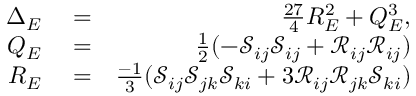
\begin{array} { r l r } { { \Delta _ { E } } } & { { } = } & { \frac { 2 7 } { 4 } R _ { E } ^ { 2 } + Q _ { E } ^ { 3 } , } \\ { { Q _ { E } } } & { { } = } & { \frac { 1 } { 2 } ( - \mathcal { S } _ { i j } \mathcal { S } _ { i j } + \mathcal { R } _ { i j } \mathcal { R } _ { i j } ) } \\ { { R _ { E } } } & { { } = } & { \frac { - 1 } { 3 } ( \mathcal { S } _ { i j } \mathcal { S } _ { j k } \mathcal { S } _ { k i } + 3 \mathcal { R } _ { i j } \mathcal { R } _ { j k } \mathcal { S } _ { k i } ) } \end{array}